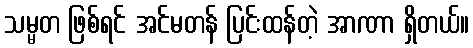
သမ္မတ ဖြစ်ရင် အင်မတန် ပြင်းထန်တဲ့ အာဏာ ရှိတယ်။